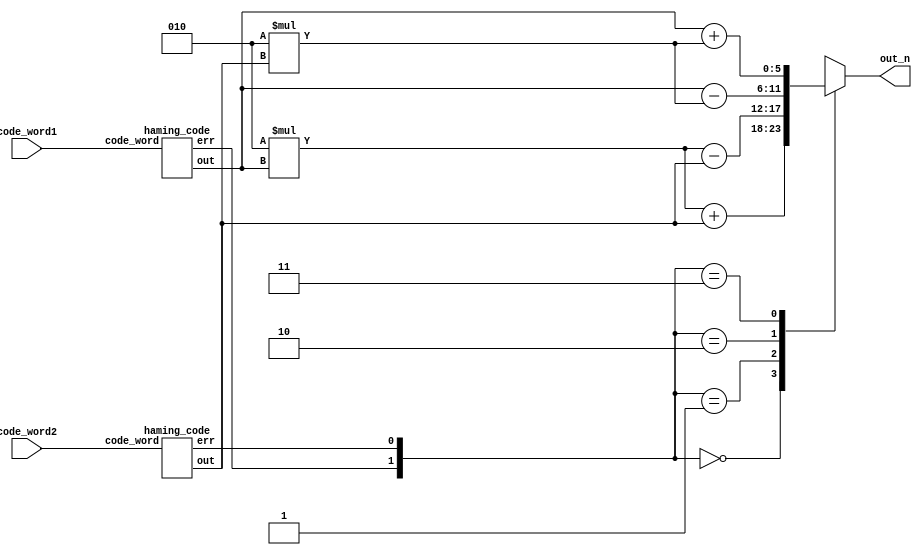
module HD(
           code_word1,
           code_word2,
           out_n
       );
input [6:0] code_word1, code_word2;
output reg signed [5:0] out_n;

wire signed [3:0] out_1, out_2;
wire err_1, err_2;

haming_code h1(code_word1, out_1, err_1);
haming_code h2(code_word2, out_2, err_2);

always @(*) begin
    case ({err_1, err_2})
        2'b00:
            out_n = 2*out_1 + out_2;
        2'b01:
            out_n = 2*out_1 - out_2;
        2'b10:
            out_n = out_1 - 2*out_2;
        2'b11:
            out_n = out_1 + 2*out_2;
    endcase
end

endmodule


    module haming_code(code_word, out, err);
input [6:0] code_word;
output reg[3:0] out;
output reg err;

reg p1, p2, p3;
reg x1, x2, x3, x4;
reg c1, c2, c3;

always @(*) begin
    p1 = code_word[6];
    p2 = code_word[5];
    p3 = code_word[4];
    x1 = code_word[3];
    x2 = code_word[2];
    x3 = code_word[1];
    x4 = code_word[0];
    c1 = p1^x1^x2^x3;
    c2 = p2^x1^x2^x4;
    c3 = p3^x1^x3^x4;

    case ({c1, c2, c3})
        3'b111: begin
            out = {~x1, x2, x3, x4};
            err = x1;
        end
        3'b110: begin
            out = {x1, ~x2, x3, x4};
            err = x2;
        end
        3'b101: begin
            out = {x1, x2, ~x3, x4};
            err = x3;
        end
        3'b011: begin
            out = {x1, x2, x3, ~x4};
            err = x4;
        end
        3'b100: begin
            out = {x1, x2, x3, x4};
            err = p1;
        end
        3'b010: begin
            out = {x1, x2, x3, x4};
            err = p2;
        end
        default: begin
            out = {x1, x2, x3, x4};
            err = p3;
        end
    endcase
end
endmodule